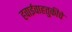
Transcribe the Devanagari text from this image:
हवाईवाहतुकीचे